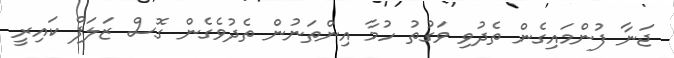
ޖަނާ ފުންމައިގެން ތެދުވި ވަގުތު ހުމާ އިންތަނުން ތެދުވެގެން ގޮސް ޒަލަފް ކައިރީ